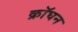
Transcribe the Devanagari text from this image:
क्रॉघन